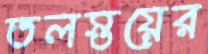
তলস্তয়ের